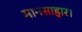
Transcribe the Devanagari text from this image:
मानसाहार।